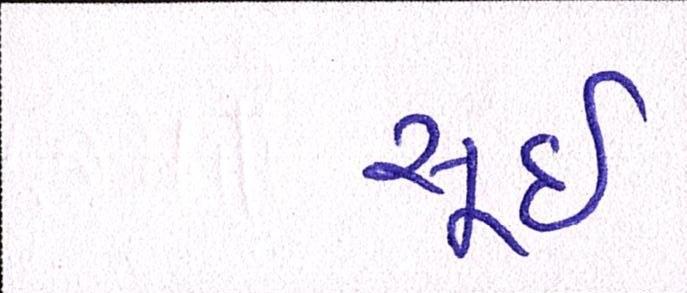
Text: સૂઈ